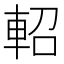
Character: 軺